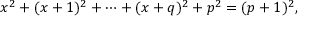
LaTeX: x ^ { 2 } + ( x + 1 ) ^ { 2 } + \cdots + ( x + q ) ^ { 2 } + p ^ { 2 } = ( p + 1 ) ^ { 2 } ,